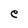
Character: e